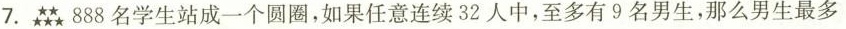
7.888名学生站成一个圆圈，如果任意连续32人中，至多有9名男生，那么男生最多